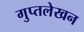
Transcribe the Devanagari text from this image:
गुप्तलेखन